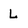
Character: L